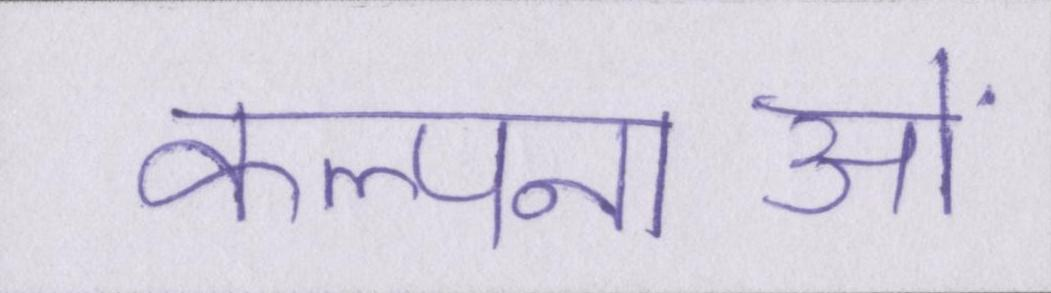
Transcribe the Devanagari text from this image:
कल्पनाओं